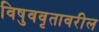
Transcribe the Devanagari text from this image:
विषुववृतावरील